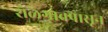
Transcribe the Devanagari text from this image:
शेळगावपासून